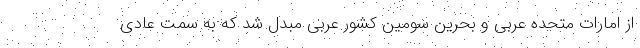
از امارات متحده عربی و بحرین سومین کشور عربی مبدل شد که به سمت عادی